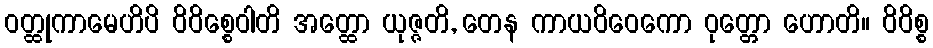
ဝတ္ထုကာမေဟိပိ ဝိဝိစ္စေဝါတိ အတ္ထော ယုဇ္ဇတိ, တေန ကာယဝိဝေကော ဝုတ္တော ဟောတိ။ ဝိဝိစ္စ